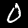
Digit: 0